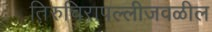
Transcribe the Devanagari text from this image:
तिरुचिरापल्लीजवळील